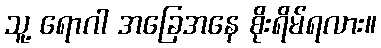
သူ့ ရောဂါ အခြေအနေ စိုးရိမ်ရလား။